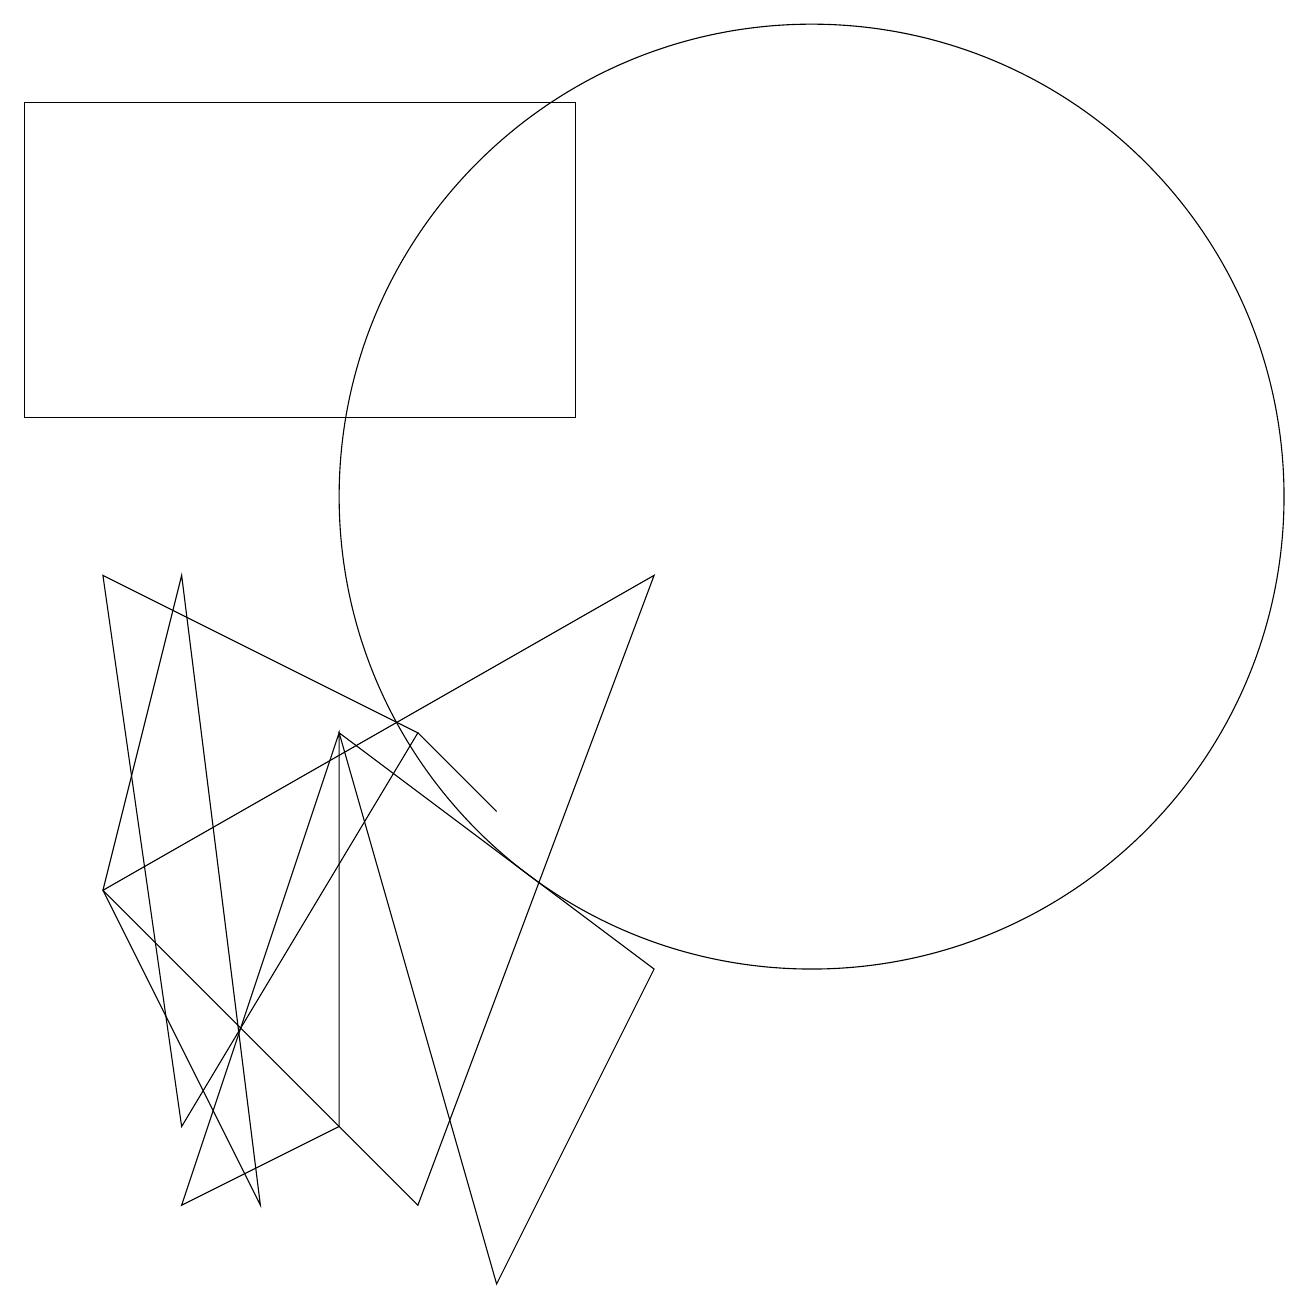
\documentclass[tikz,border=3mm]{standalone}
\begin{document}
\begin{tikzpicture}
\draw (2,2) -- (5,7) -- (1,9) -- cycle;
\draw (8,9) -- (5,1) -- (1,5) -- cycle;
\draw (4,7) -- (6,0) -- (8,4) -- cycle;
\draw (5,7) -- (5,7) -- (6,6) -- cycle;
\draw (10,10) circle (6);
\draw (2,1) -- (4,2) -- (4,7) -- cycle;
\draw (7,15) rectangle (0,11);
\draw (2,9) -- (1,5) -- (3,1) -- cycle;
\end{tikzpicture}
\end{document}